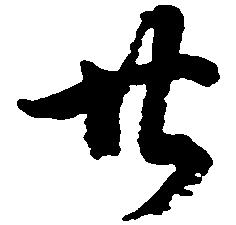
廿